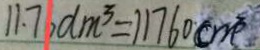
1 1 . 7 6 d m ^ { 3 } = 1 1 7 6 0 c m ^ { 3 }